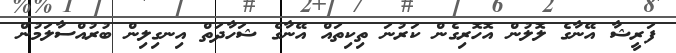
ފަރީޝާ އޭނާގެ ލޮލުން އޮހޮރިގެން ކަރުނަ ތިކިތައް އޭނާގެ ޝަހާދަތް އިނގިލިން ބުރުއްސާލަމުން